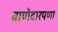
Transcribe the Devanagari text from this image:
बाणेदारपणा